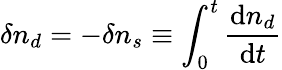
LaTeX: \delta n_{d}=-\delta n_{s}\equiv\int_{0}^{t}\frac{\mathrm{d}n_{d}}{\mathrm{d}t}